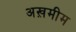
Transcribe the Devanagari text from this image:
अख़मीम